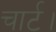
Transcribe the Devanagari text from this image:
चार्ट।